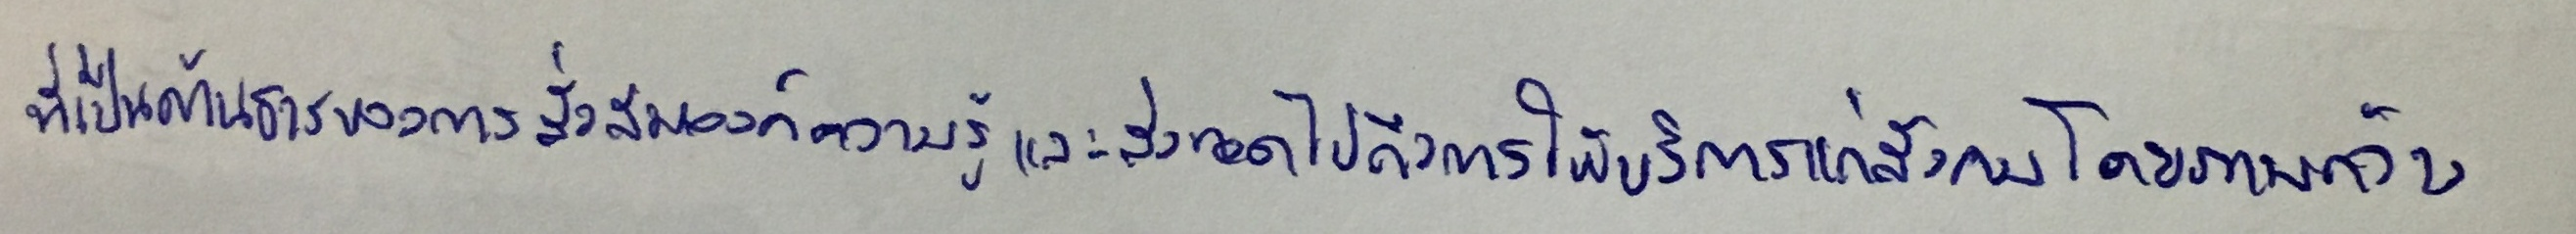
ที่เป็นต้นธารของการสั่งสมองค์ความรู้และส่งทอดไปถึงการให้บริการแก่สังคมโดยภาพกว้าง